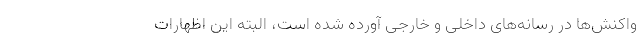
واکنش‌ها در رسانه‌های داخلی و خارجی آورده شده است، البته این اظهارات